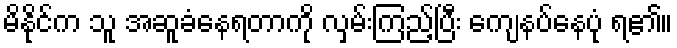
မိနိုင်က သူ အဆူခံနေရတာကို လှမ်းကြည့်ပြီး ကျေနပ်နေပုံ ရ၏။